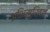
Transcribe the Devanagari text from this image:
अभिमुखित